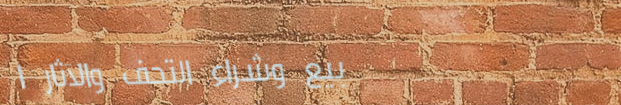
بيع وشراء التحف والآثار ا